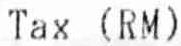
TAX (RM)